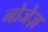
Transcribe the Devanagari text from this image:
नोजेज़